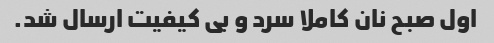
اول صبح نان کاملا سرد و بی کیفیت ارسال شد.